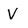
Character: v